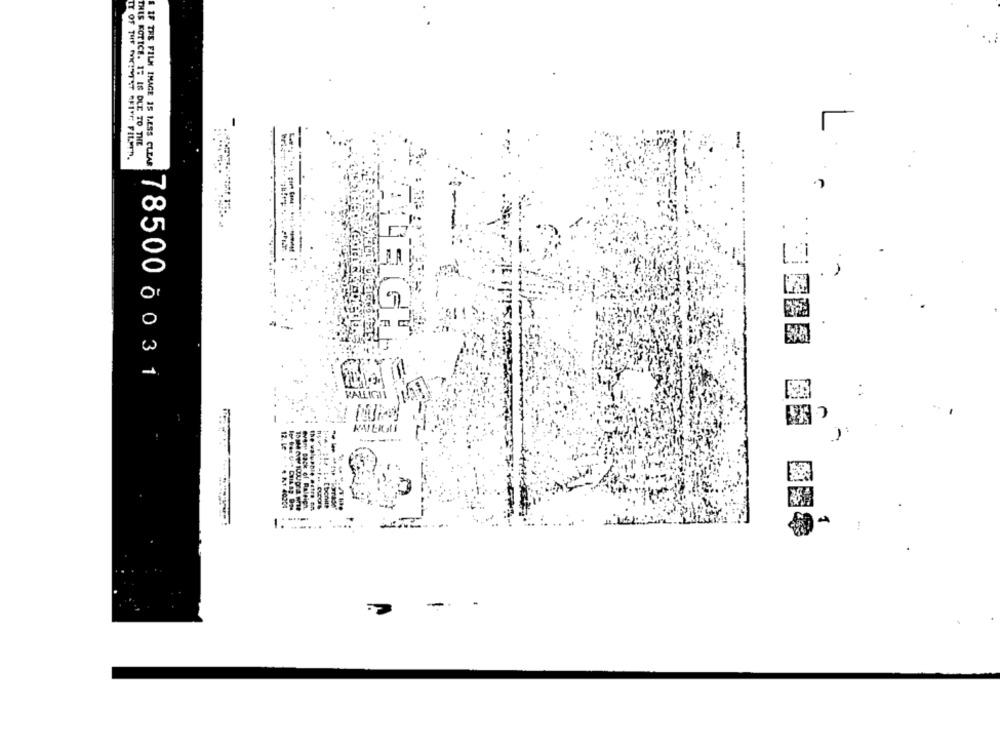
L
THIS KOTICE. 1: IS DUE TO THE
-
TY OF THE PYKIVIST REIFF: PILOTS.
E IF THE FILM IMAGE 15 LESS CLEAR
TLEIGH
785000031
KALLICİ
1. .....
--....
-.